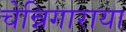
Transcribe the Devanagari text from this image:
चेन्निगाराया